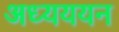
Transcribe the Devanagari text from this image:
अध्यययन